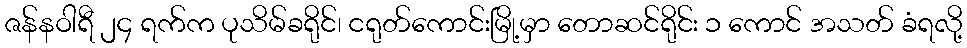
ဇန်နဝါရီ ၂၄ ရက်က ပုသိမ်ခရိုင်၊ ငရုတ်ကောင်းမြို့မှာ တောဆင်ရိုင်း ၁ ကောင် အသတ် ခံရလို့